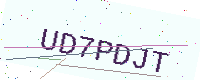
Text: UD7PDJT